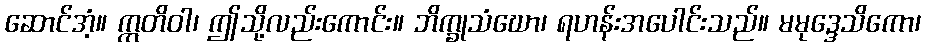
ဆောင်အံ့။ ဣတိဝါ၊ ဤသို့လည်းကောင်း။ ဘိက္ခုသံဃော၊ ရဟန်းအပေါင်းသည်။ မမုဒ္ဒေသိကော၊